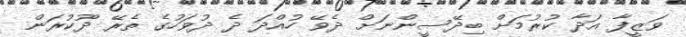
ވަޒީފާ އަދާ ކުރުމަށް ބިދޭސީންނަށް ދެވޭ ހުއްދަ ދެ ދުވަހުގެ ތެރޭ ދޫކުރަން